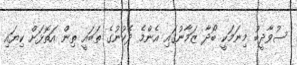
ސުވާދީބު މިނަމަކީ ބޯދާ ޒަމާނުގައި އެންމެ ދެކުނުގެ ތަބައީ ތިން އަތޮޅަށް ކިޔައި